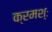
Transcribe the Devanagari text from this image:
क्रमश्ः